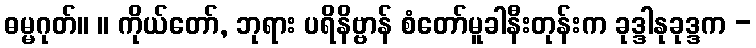
ဓမ္မဂုတ်။ ။ ကိုယ်တော်, ဘုရား ပရိနိဗ္ဗာန် စံတော်မူခါနီးတုန်းက ခုဒ္ဒါနုခုဒ္ဒက -